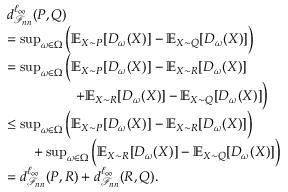
\begin{array} { r l } & { d _ { \mathcal { F } _ { n n } } ^ { \ell _ { \infty } } ( P , Q ) } \\ & { = \operatorname* { s u p } _ { \omega \in \Omega } \Big ( \mathbb { E } _ { X \sim P } [ D _ { \omega } ( X ) ] - \mathbb { E } _ { X \sim Q } [ D _ { \omega } ( X ) ] \Big ) } \\ & { = \operatorname* { s u p } _ { \omega \in \Omega } \Big ( \mathbb { E } _ { X \sim P } [ D _ { \omega } ( X ) ] - \mathbb { E } _ { X \sim R } [ D _ { \omega } ( X ) ] } \\ & { \qquad \qquad \quad + \mathbb { E } _ { X \sim R } [ D _ { \omega } ( X ) ] - \mathbb { E } _ { X \sim Q } [ D _ { \omega } ( X ) ] \Big ) } \\ & { \le \operatorname* { s u p } _ { \omega \in \Omega } \Big ( \mathbb { E } _ { X \sim P } [ D _ { \omega } ( X ) ] - \mathbb { E } _ { X \sim R } [ D _ { \omega } ( X ) ] \Big ) } \\ & { \qquad + \operatorname* { s u p } _ { \omega \in \Omega } \Big ( \mathbb { E } _ { X \sim R } [ D _ { \omega } ( X ) ] - \mathbb { E } _ { X \sim Q } [ D _ { \omega } ( X ) ] \Big ) } \\ & { = d _ { \mathcal { F } _ { n n } } ^ { \ell _ { \infty } } ( P , R ) + d _ { \mathcal { F } _ { n n } } ^ { \ell _ { \infty } } ( R , Q ) . } \end{array}